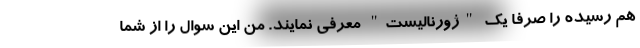
هم رسیده را صرفا یک "ژورنالیست" معرفی نمایند. من این سوال را از شما